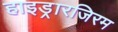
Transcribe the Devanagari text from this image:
हाइड्रारजिरम